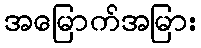
အမြောက်အမြား